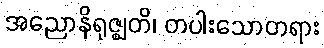
အညောနိရုဇ္ဈတိ၊ တပါးသောတရား